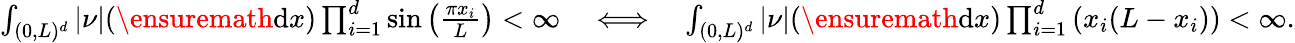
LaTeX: \begin{array}{r}{\int_{(0,L)^{d}}|\nu|(\ensuremath{\mathrm{d}}x)\prod_{i=1}^{d}\sin\left(\frac{\pi x_{i}}{L}\right)<\infty\quad\Longleftrightarrow\quad\int_{(0,L)^{d}}|\nu|(\ensuremath{\mathrm{d}}x)\prod_{i=1}^{d}\left(x_{i}(L-x_{i})\right)<\infty.}\end{array}